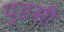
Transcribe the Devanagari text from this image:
पुडसी